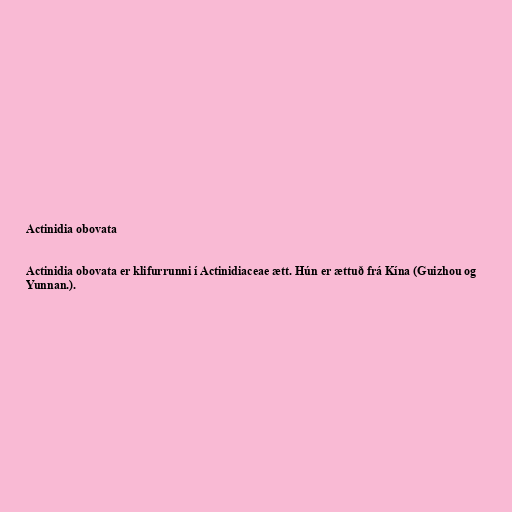
Actinidia obovata

Actinidia obovata er klifurrunni í Actinidiaceae ætt. Hún er ættuð frá Kína (Guizhou og
Yunnan.).